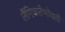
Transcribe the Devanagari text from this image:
लैंगिकतेभोवती